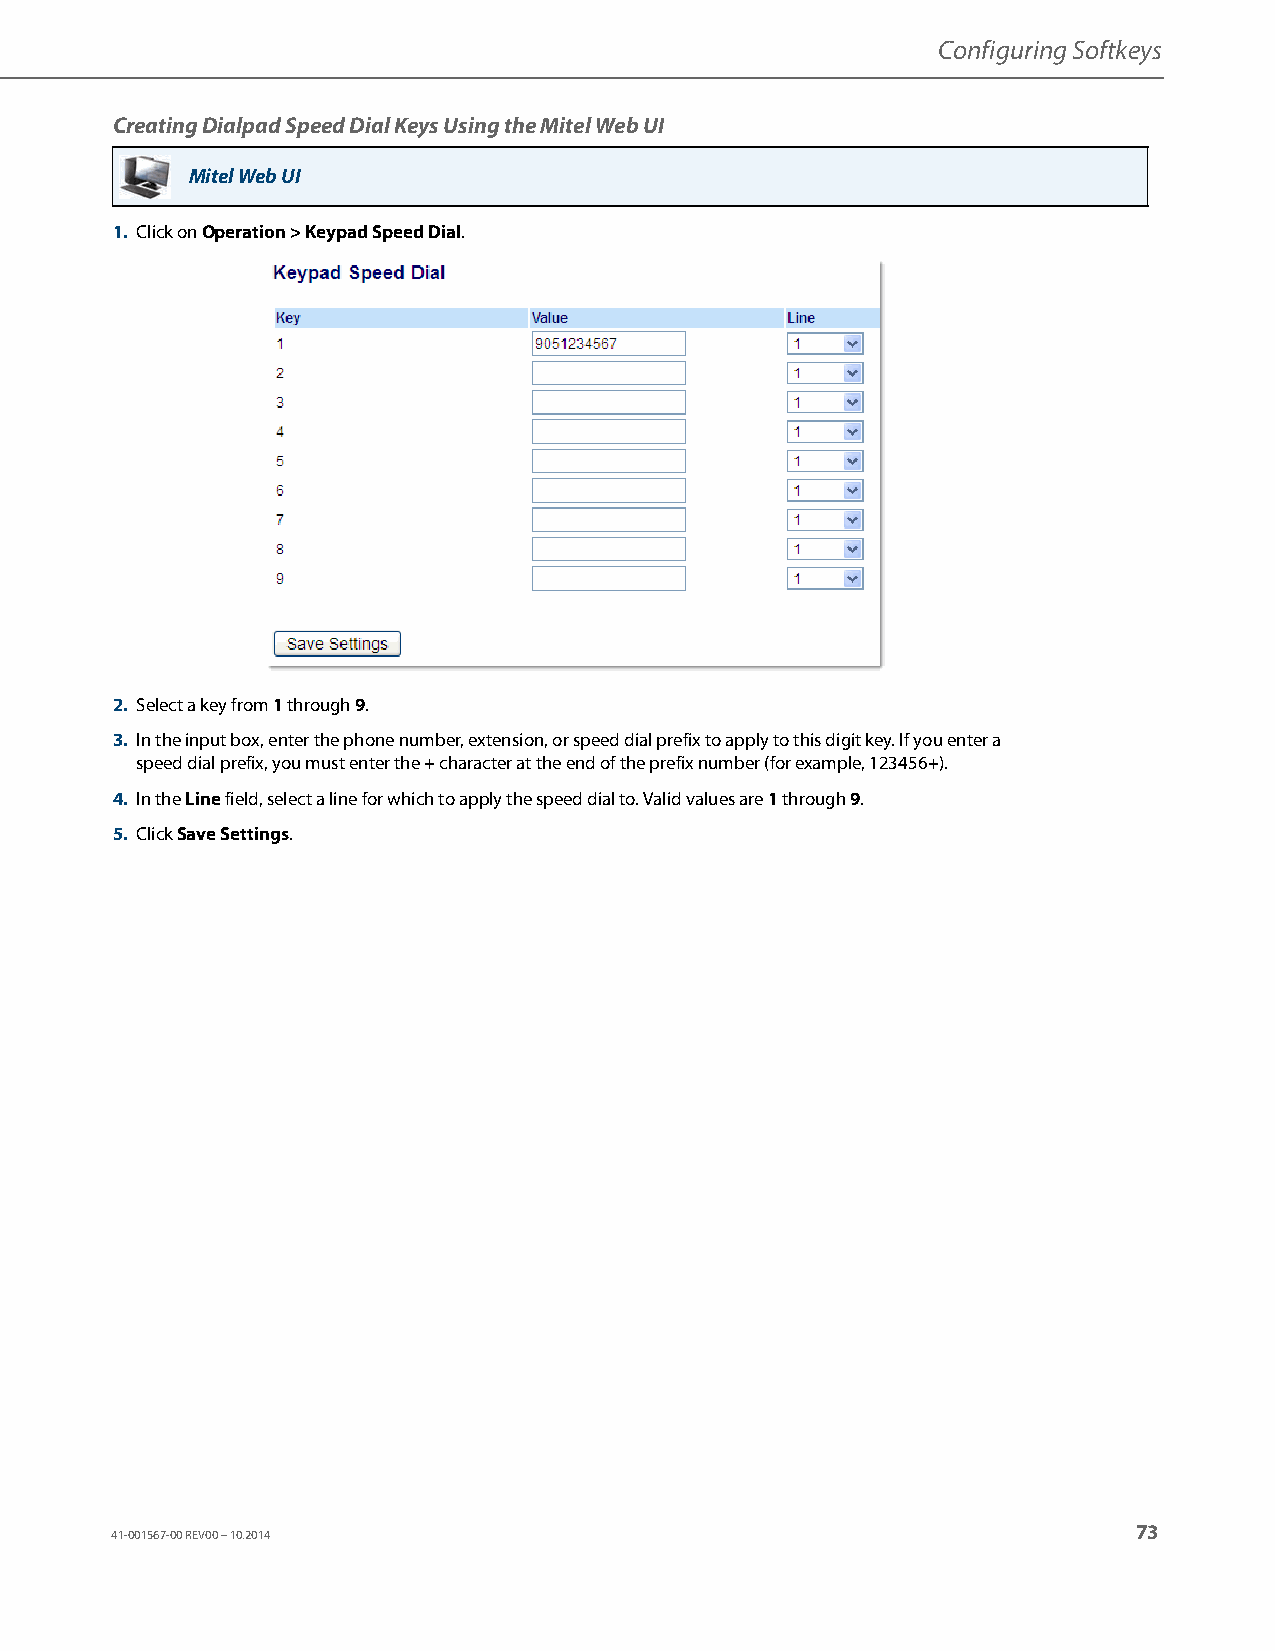
Configuring Softkeys
 Creating Dialpad Speed Dial Keys Using the Mitel Web UI
 Mitel Web UI
 1. Click on Operation > Keypad Speed Dial.
 2. Select a key from 1 through 9.
 3. In the input box, enter the phone number, extension, or speed dial prefix to apply to this digit key. If you enter a
 speed dial prefix, you must enter the + character at the end of the prefix number (for example, 123456+).
 4. In the Line field, select a line for which to apply the speed dial to. Valid values are 1 through 9.
 5. Click Save Settings.
 73
 41-001567-00 REV00 – 10.2014